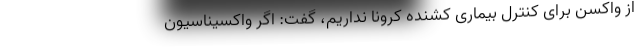
از واکسن برای کنترل بیماری کشنده کرونا نداریم، گفت: اگر واکسیناسیون